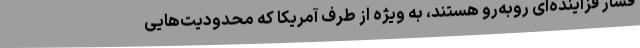
فشار فزاینده‌ای روبه‌رو هستند، به ویژه از طرف آمریکا که محدودیت‌هایی